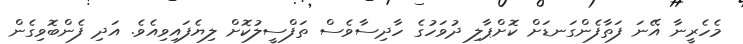
މެހެރީނާ އޭނަ ފަތާފެންގަނޑަށް ކޮށްޕާލި ދުވަހުގެ ހާދިސާވެސް ތަފްސީލުކޮށް ލިޔެފައިވިއެވެ. އަދި ފެންބޮވިގެން